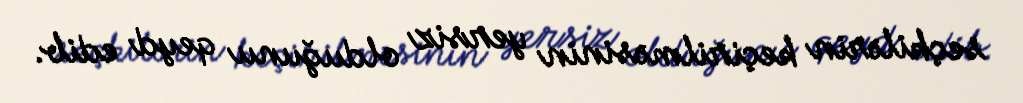
seçkilərin keçirilməsinin yersiz olduğunu qeyd edib.